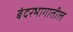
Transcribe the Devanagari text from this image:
बंदरभागातील